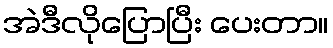
အဲဒီလိုပြောပြီး ပေးတာ။